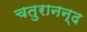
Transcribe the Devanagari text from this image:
चतुरानन्द